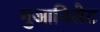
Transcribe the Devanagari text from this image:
गुआनिलेट